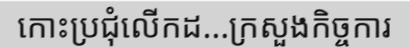
កោះប្រជុំលើកដ...ក្រសួងកិច្ចការ